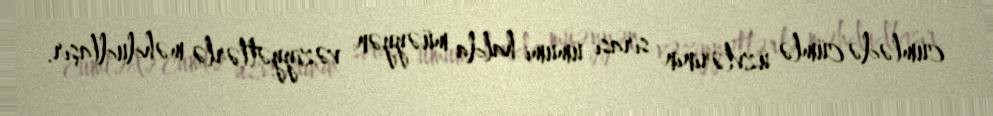
cümlədə cümlə üzvlərinin sırası ümumi halda müəyyən vəziyyətlərlə məhdudlaşır.